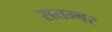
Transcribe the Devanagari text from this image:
सतम्बर